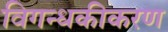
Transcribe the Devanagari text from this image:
विगन्धकीकरण